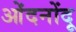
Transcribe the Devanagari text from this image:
ओंदनोंदू